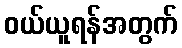
ဝယ်ယူရန်အတွက်